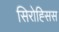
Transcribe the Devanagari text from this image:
सिरोह्सिस